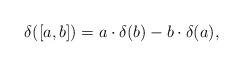
LaTeX: \begin{align*}\delta([a, b])=a\cdot\delta(b)-b\cdot\delta(a),\end{align*}